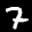
Label: 7